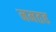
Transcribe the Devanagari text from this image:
नमतह